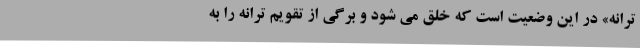
ترانه» در این وضعیت است که خلق می شود و برگی از تقویم ترانه را به